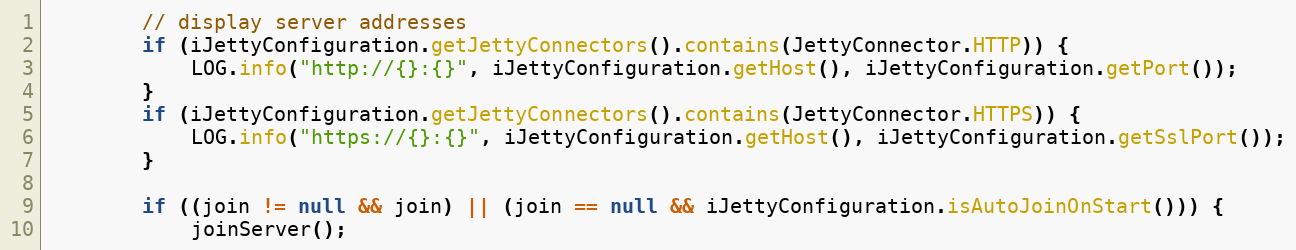
Language: Java
        // display server addresses
        if (iJettyConfiguration.getJettyConnectors().contains(JettyConnector.HTTP)) {
            LOG.info("http://{}:{}", iJettyConfiguration.getHost(), iJettyConfiguration.getPort());
        }
        if (iJettyConfiguration.getJettyConnectors().contains(JettyConnector.HTTPS)) {
            LOG.info("https://{}:{}", iJettyConfiguration.getHost(), iJettyConfiguration.getSslPort());
        }

        if ((join != null && join) || (join == null && iJettyConfiguration.isAutoJoinOnStart())) {
            joinServer();